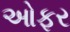
ઓફર